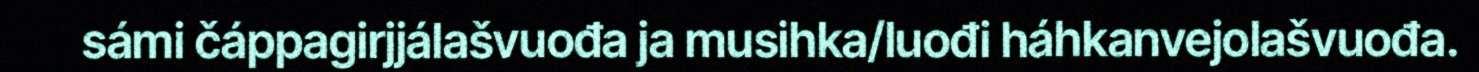
sámi čáppagirjjálašvuođa ja musihka/luođi háhkanvejolašvuođa.